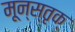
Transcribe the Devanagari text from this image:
मून्स्तृक्